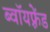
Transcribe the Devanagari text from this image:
ब्वॉयफ़्रेंड